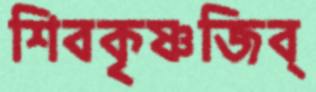
শিবকৃষ্ণজিব্